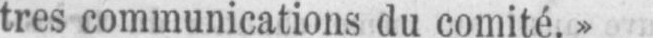
tres communications du comité.»